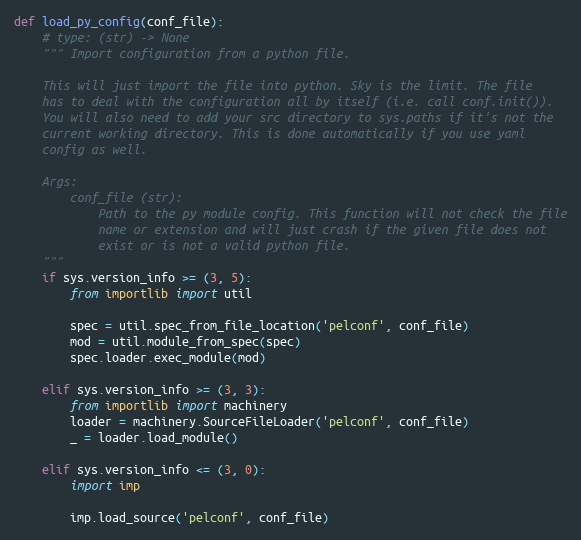
Language: Python
def load_py_config(conf_file):
    # type: (str) -> None
    """ Import configuration from a python file.

    This will just import the file into python. Sky is the limit. The file
    has to deal with the configuration all by itself (i.e. call conf.init()).
    You will also need to add your src directory to sys.paths if it's not the
    current working directory. This is done automatically if you use yaml
    config as well.

    Args:
        conf_file (str):
            Path to the py module config. This function will not check the file
            name or extension and will just crash if the given file does not
            exist or is not a valid python file.
    """
    if sys.version_info >= (3, 5):
        from importlib import util

        spec = util.spec_from_file_location('pelconf', conf_file)
        mod = util.module_from_spec(spec)
        spec.loader.exec_module(mod)

    elif sys.version_info >= (3, 3):
        from importlib import machinery
        loader = machinery.SourceFileLoader('pelconf', conf_file)
        _ = loader.load_module()

    elif sys.version_info <= (3, 0):
        import imp

        imp.load_source('pelconf', conf_file)